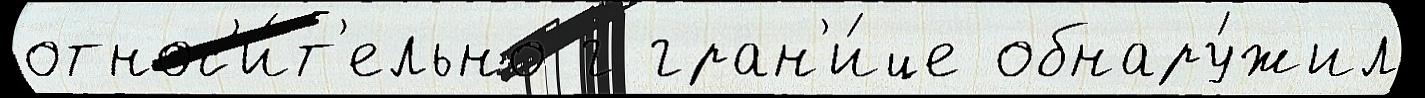
относ'и́т'ельно г гран'и́це обнару́жил